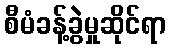
စီမံခန့်ခွဲမှုဆိုင်ရာ